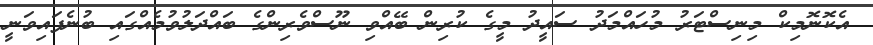
އެކޮނޮމިކް މިނިސްޓަރު މުހައްމަދު ސައީދު މީގެ ކުރިން ބޭއްވި ނޫސްވެރިންގެ ބައްދަލުވުމެއްގައި ބުނެފައިވަނީ